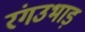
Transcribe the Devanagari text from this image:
रंगउभाड़